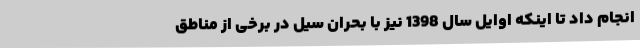
انجام داد تا اینکه اوایل سال 1398 نیز با بحران سیل در برخی از مناطق